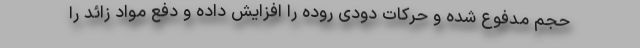
حجم مدفوع شده و حرکات دودی روده را افزايش داده و دفع مواد زائد را